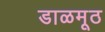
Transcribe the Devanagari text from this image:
डाळमूठ